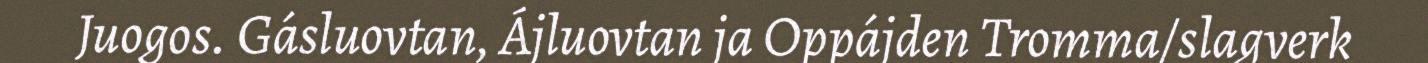
Juogos. Gásluovtan, Ájluovtan ja Oppájden Tromma/slagverk